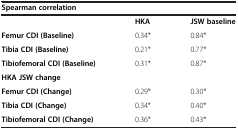
<table><thead><tr><td colspan="3"><b>Spearman correlation</b></td></tr></thead><tbody><tr><td> </td><td><b>HKA</b></td><td><b>JSW baseline</b></td></tr><tr><td><b>Femur CDI (Baseline)</b></td><td>0.34*</td><td>0.84*</td></tr><tr><td><b>Tibia CDI (Baseline)</b></td><td>0.21*</td><td>0.77*</td></tr><tr><td><b>Tibiofemoral CDI (Baseline)</b></td><td>0.31*</td><td>0.87*</td></tr><tr><td colspan="3"><b>HKA JSW change</b></td></tr><tr><td><b>Femur CDI (Change)</b></td><td>0.29*</td><td>0.30*</td></tr><tr><td><b>Tibia CDI (Change)</b></td><td>0.34*</td><td>0.40*</td></tr><tr><td><b>Tibiofemoral CDI (Change)</b></td><td>0.36*</td><td>0.43*</td></tr></tbody></table>